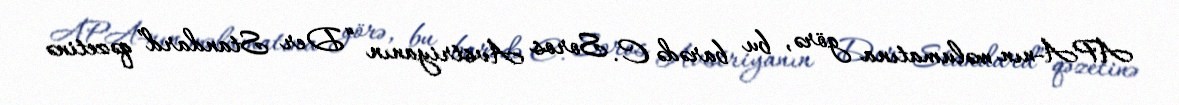
APA-nın məlumatına görə, bu barədə C. Soros Avstriyanın “Der Standard” qəzetinə